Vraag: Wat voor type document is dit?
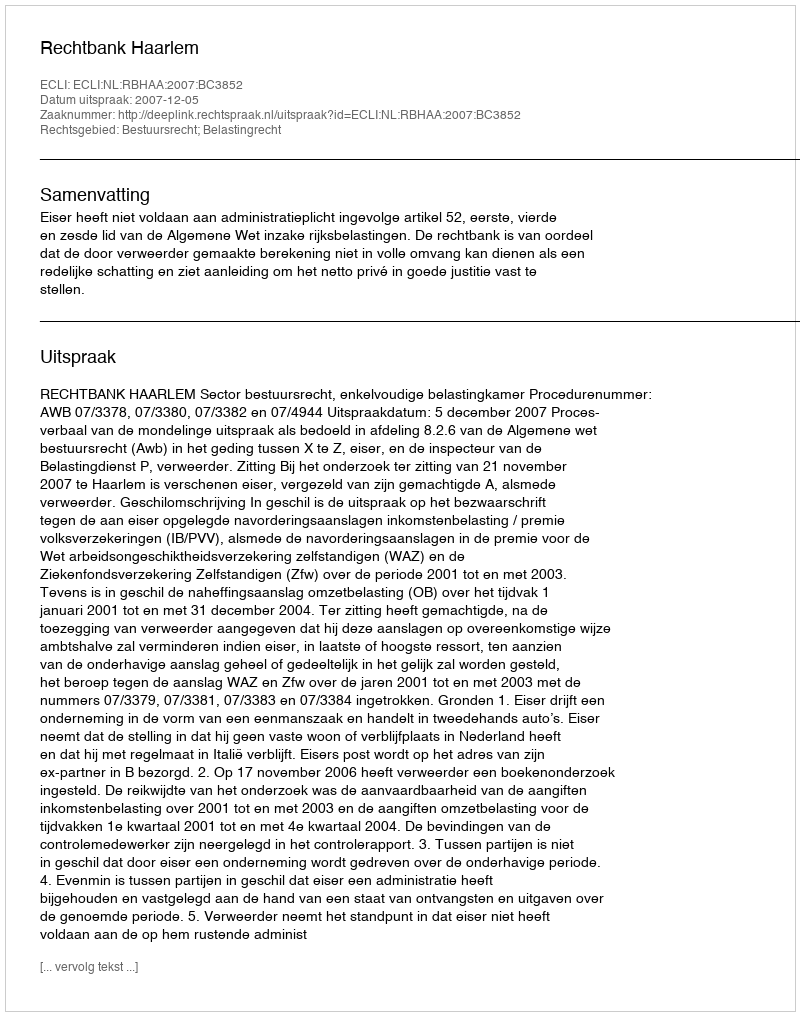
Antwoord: Uitspraak